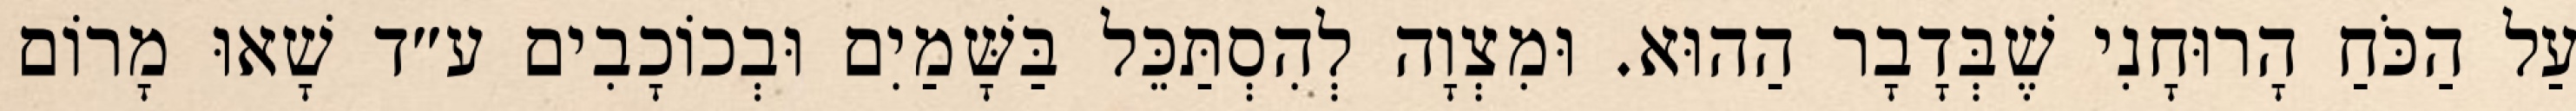
עַל הַכֹּחַ הָרוּחָנִי שֶׁבְּדָבָר הַהוּא. וּמִצְוָה לְהִסְתַּכֵּל בַּשָּׁמַיִם וּבְכוֹכָבִים ע״ד שָׁאוּ מָרוֹם